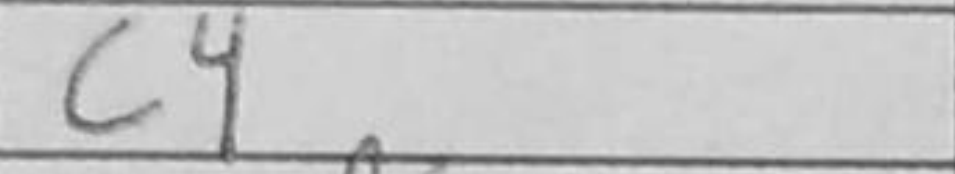
Transcription: c4